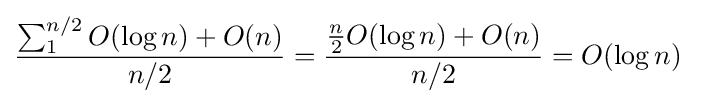
{\sum _{1}^{n/2}O(\log n)+O(n) \over n/2}={{n \over 2}O(\log n)+O(n) \over n/2}=O(\log n)\